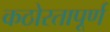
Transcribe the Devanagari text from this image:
कठोरतापूर्ण